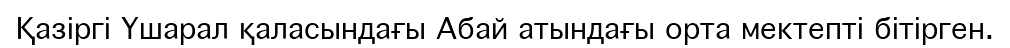
Қазіргі Үшарал қаласындағы Абай атындағы орта мектепті бітірген.